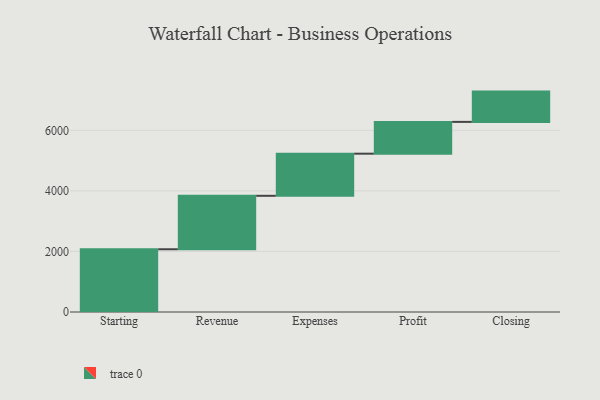
{"axis": {"x": "Step", "y": "Value"}, "legend": [""], "data": [{"x": "Starting", "y": 2072.0, "type": ""}, {"x": "Revenue", "y": 1765.0, "type": ""}, {"x": "Expenses", "y": 1391.0, "type": ""}, {"x": "Profit", "y": 1050.0, "type": ""}, {"x": "Closing", "y": 1000, "type": ""}]}